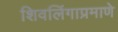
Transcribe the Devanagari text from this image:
शिवलिंगाप्रमाणे